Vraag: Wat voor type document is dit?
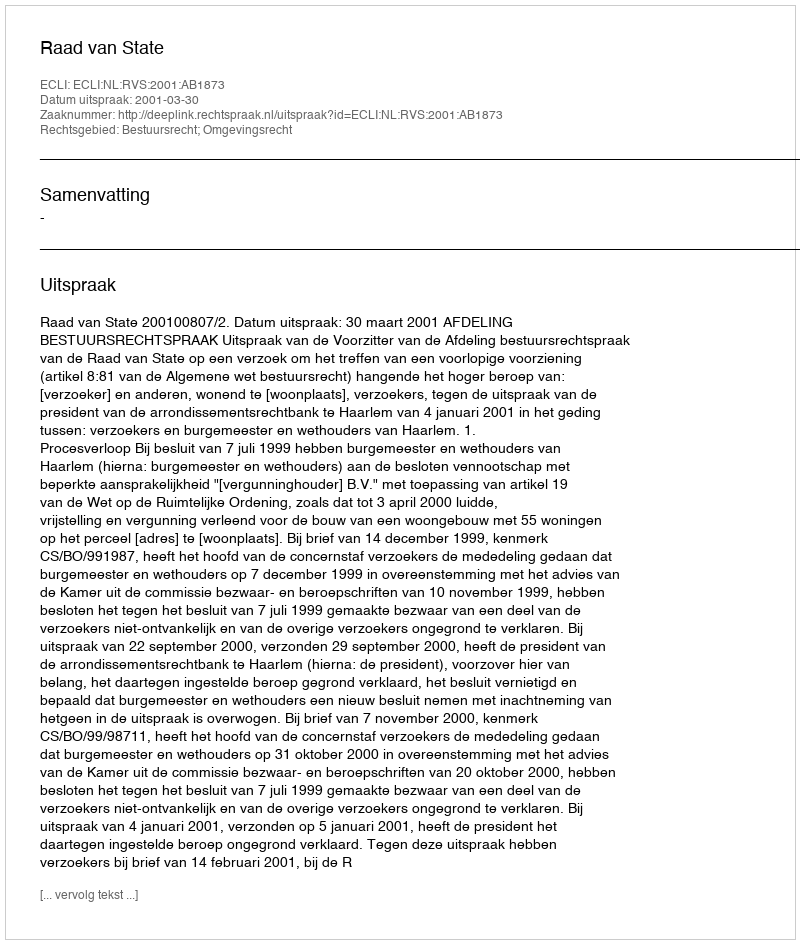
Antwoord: Uitspraak